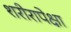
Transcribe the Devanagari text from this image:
शरीरापेक्षा